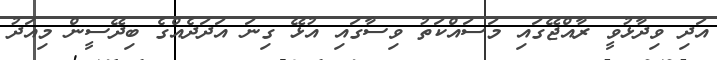
އަދި ވިދާޅުވީ ރާއްޖޭގައި މަސައްކަތު ވިސާގައި އުޅޭ ގިނަ އަދަދެއްގެ ބިދޭސީން މިއަދު